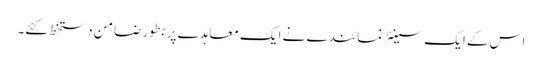
اس کے ایک سینئر نمائندے نے ایک معاہدے پر بطور ضامن دستخط کئے۔